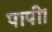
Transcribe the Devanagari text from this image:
पापी।